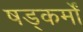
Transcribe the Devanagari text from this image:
षड्कर्मों